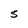
Character: S